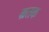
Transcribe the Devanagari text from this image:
म्रतक